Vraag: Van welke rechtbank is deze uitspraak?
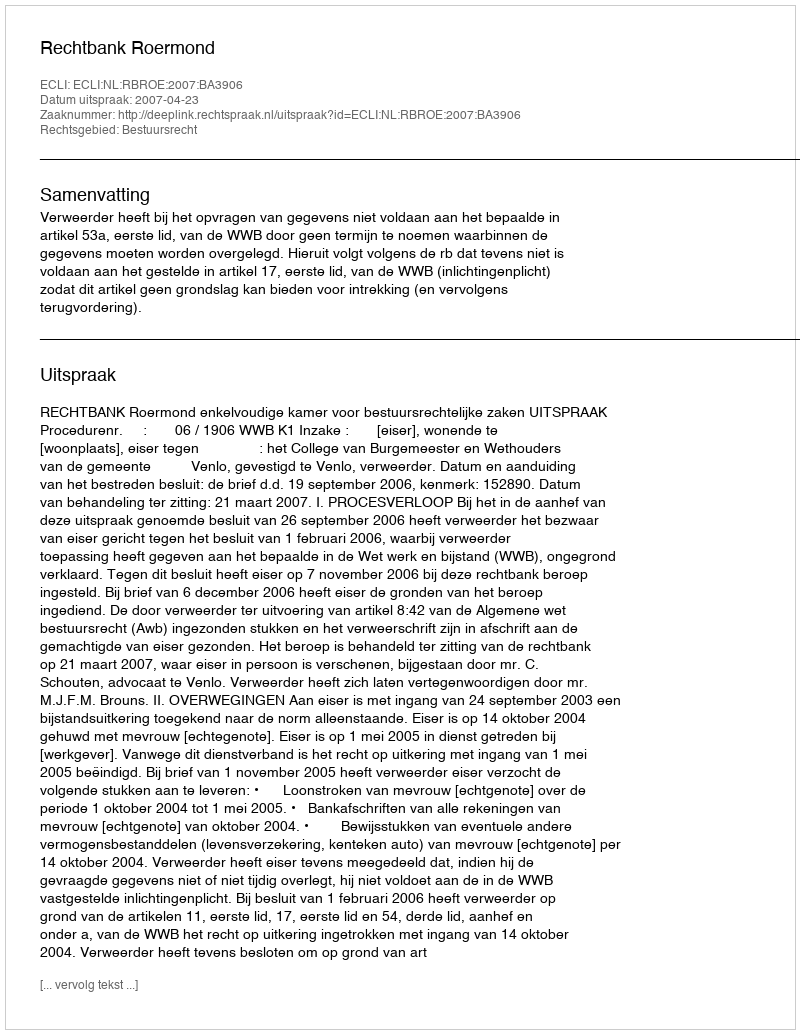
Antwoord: Rechtbank Roermond